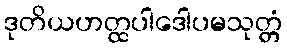
ဒုတိယဟတ္ထပါဒေါပမသုတ္တံ